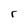
Character: r